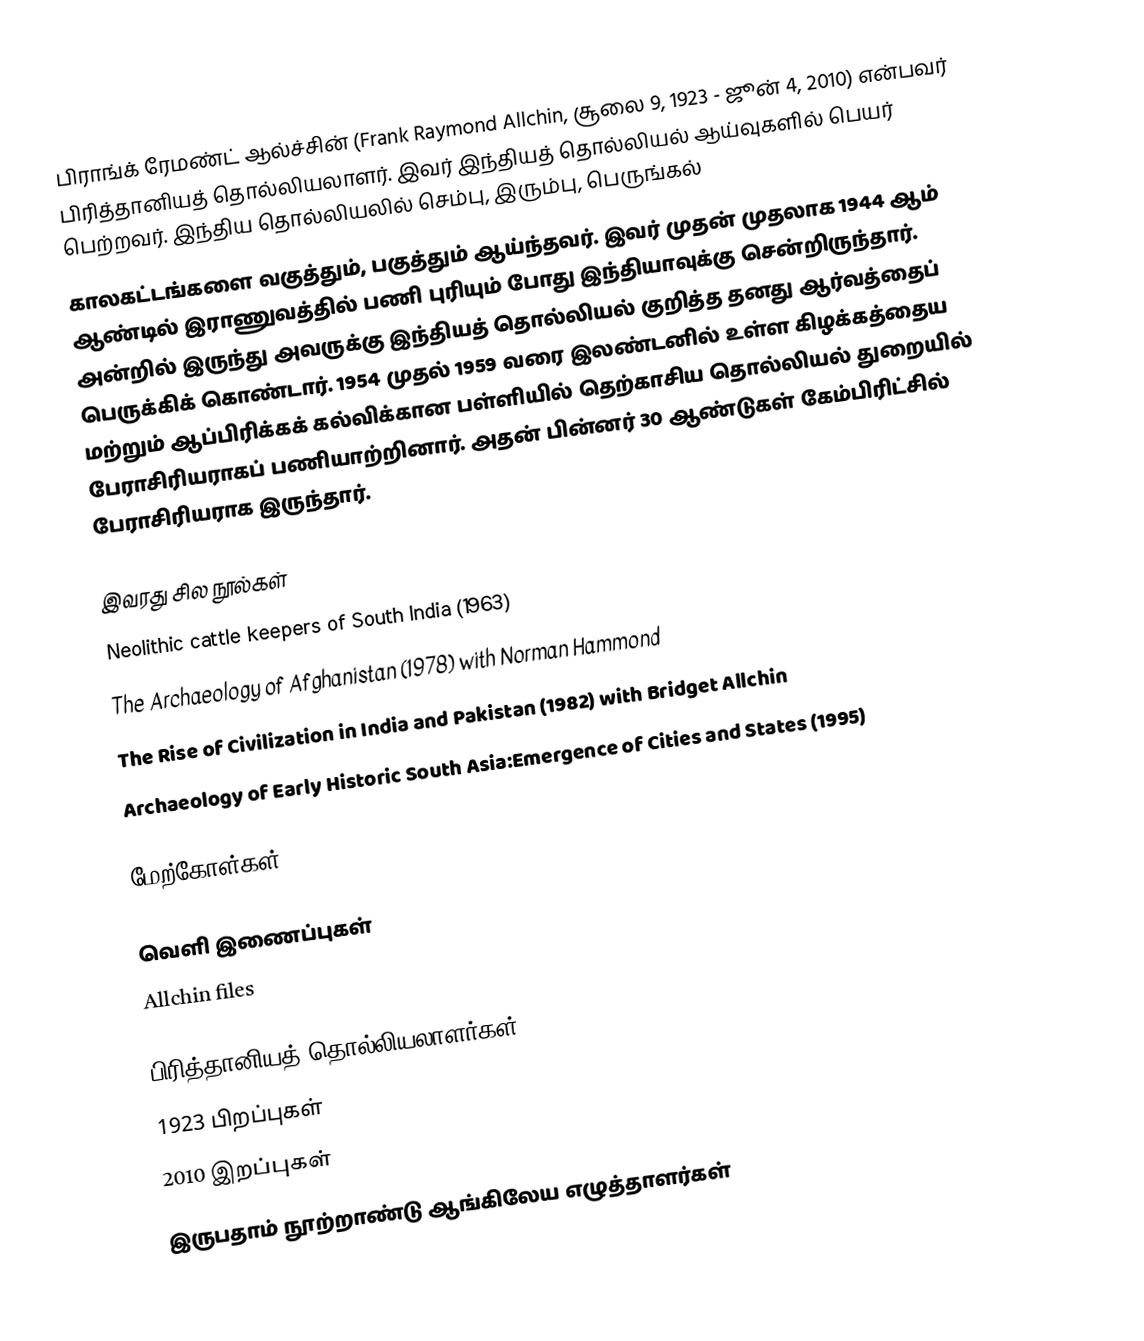
பிராங்க் ரேமண்ட் ஆல்ச்சின் (Frank Raymond Allchin, சூலை 9, 1923 - ஜூன் 4, 2010) என்பவர் பிரித்தானியத் தொல்லியலாளர். இவர் இந்தியத் தொல்லியல் ஆய்வுகளில் பெயர் பெற்றவர். இந்திய தொல்லியலில் செம்பு, இரும்பு, பெருங்கல்
காலகட்டங்களை வகுத்தும், பகுத்தும் ஆய்ந்தவர். இவர் முதன் முதலாக 1944 ஆம் ஆண்டில் இராணுவத்தில் பணி புரியும் போது இந்தியாவுக்கு சென்றிருந்தார். அன்றில் இருந்து அவருக்கு இந்தியத் தொல்லியல் குறித்த தனது ஆர்வத்தைப் பெருக்கிக் கொண்டார். 1954 முதல் 1959 வரை இலண்டனில் உள்ள கிழக்கத்தைய மற்றும் ஆப்பிரிக்கக் கல்விக்கான பள்ளியில் தெற்காசிய தொல்லியல் துறையில் பேராசிரியராகப் பணியாற்றினார். அதன் பின்னர் 30 ஆண்டுகள் கேம்பிரிட்சில் பேராசிரியராக இருந்தார்.

இவரது சில நூல்கள்
Neolithic cattle keepers of South India (1963)
The Archaeology of Afghanistan (1978) with Norman Hammond
The Rise of Civilization in India and Pakistan (1982) with Bridget Allchin
Archaeology of Early Historic South Asia:Emergence of Cities and States (1995)

மேற்கோள்கள்

வெளி இணைப்புகள்
Allchin files

பிரித்தானியத் தொல்லியலாளர்கள்
1923 பிறப்புகள்
2010 இறப்புகள்
இருபதாம் நூற்றாண்டு ஆங்கிலேய எழுத்தாளர்கள்